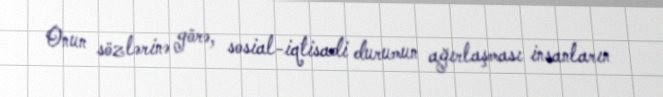
Onun sözlərinə görə, sosial-iqtisadi durumun ağırlaşması insanların